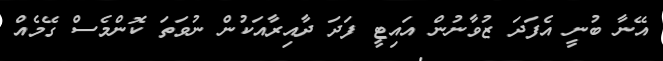
އޭނާ ބުނީ އެފަދަ ޒުވާނުން އައިޓީ ފަދަ ދާއިރާއަކުން ނުވަތަ ކޮންމެސް ގޭމެއް